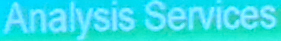
Analysis Services